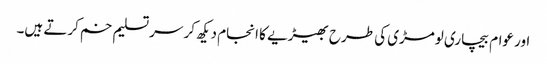
اور عوام بیچاری لومڑی کی طرح بھیڑیے کا انجام دیکھ کر سر تسلیم خم کرتے ہیں۔